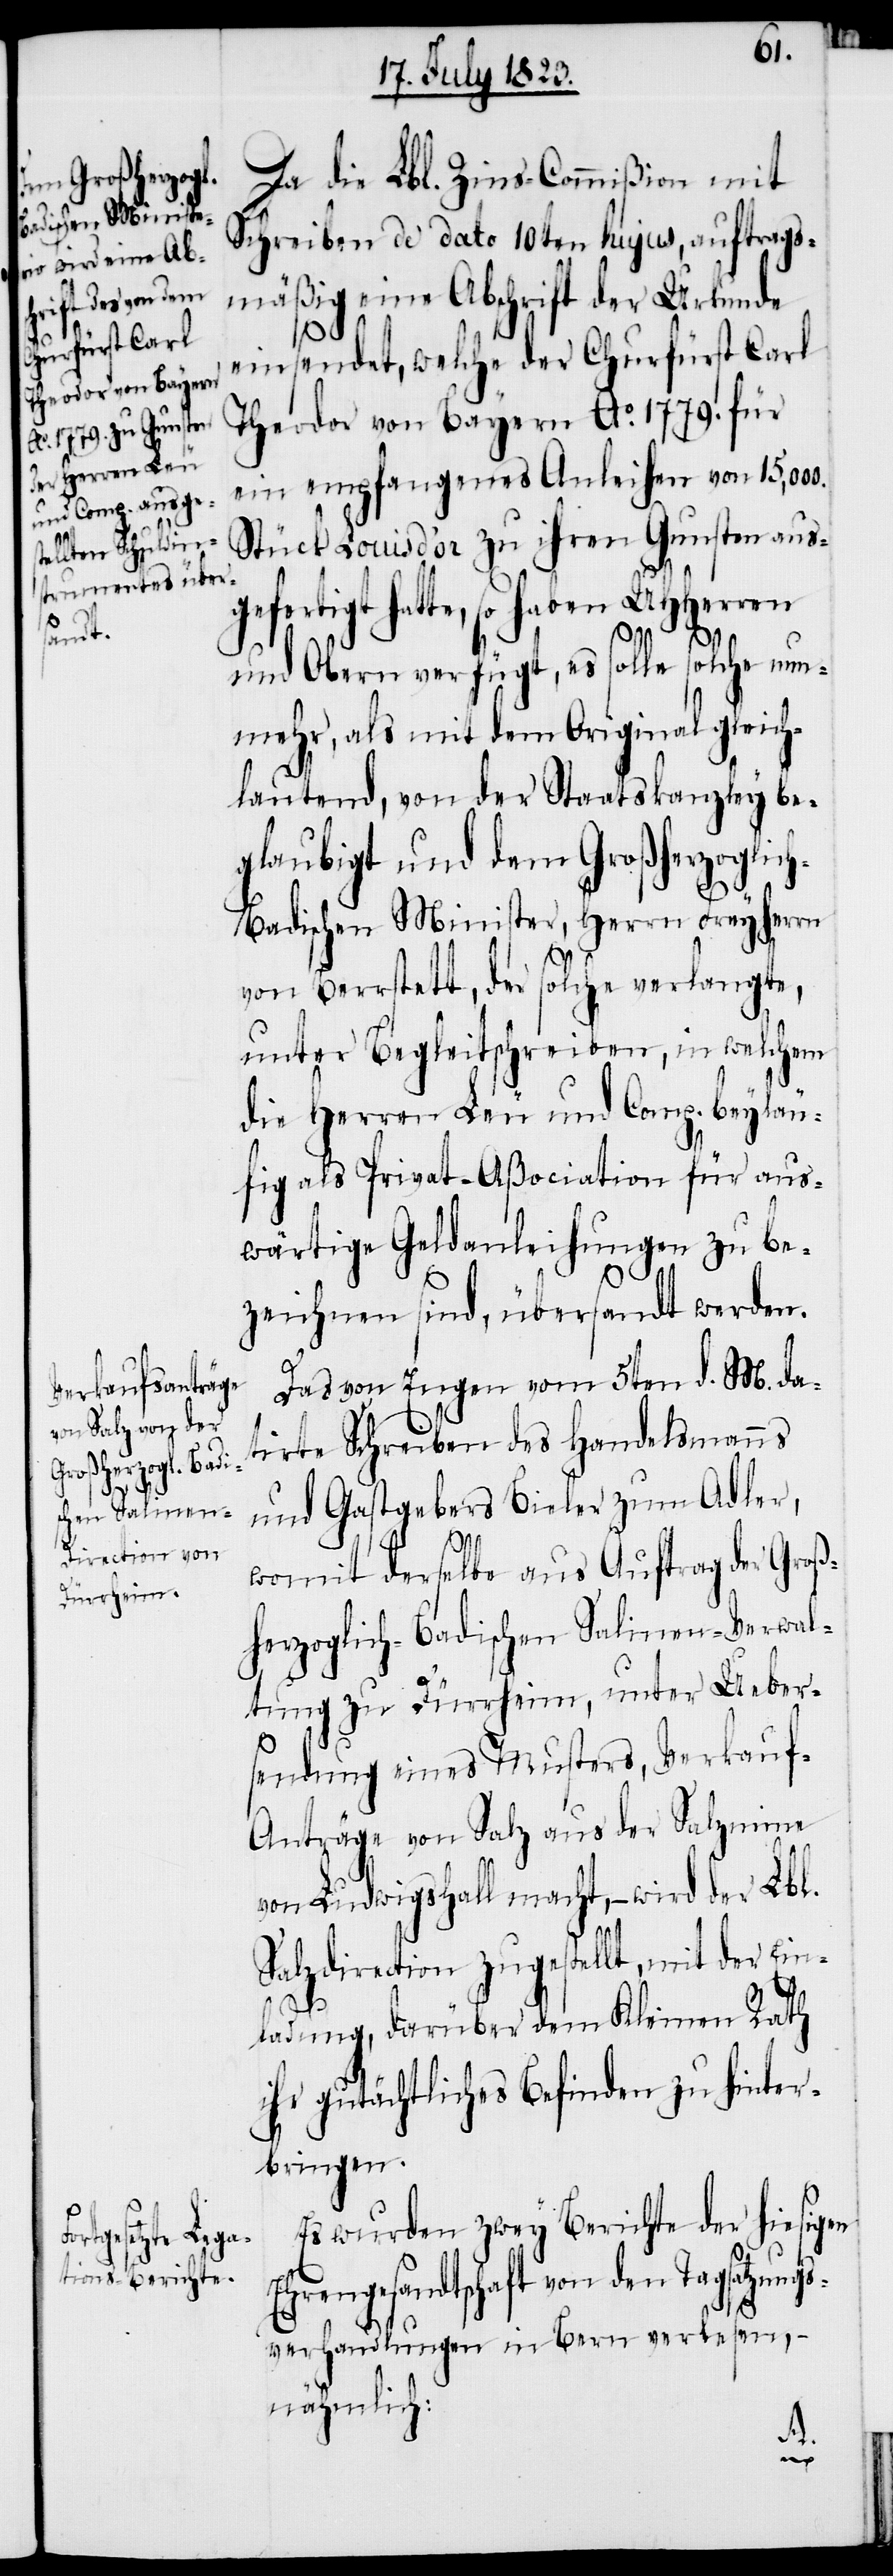
Da die Lbl. Zins-Commißion mit
Schreiben de dato 10ten hujus, auftrags¬
mäßig eine Abschrift der Urkunde
einsendet, welche der Churfürst Carl
Theodor von Bayern Ao. 1779. für
ein empfangenes Anleihen von 15,000.
Stück Louis d’or zu ihren Gunsten aus¬
gefertigt hatte, so haben UHHerren
und Obern verfügt, es solle solche nun¬
mehr, als mit dem Original gleich¬
lautend, von der Staatskanzley be¬
glaubigt und dem Großherzoglic¬
h-Badischen Minister, Herrn Freyherrn
von Berrstett, der solche verlangte,
unter Begleitschreiben, in welchem
die Herren Leu und Comp. beyläu¬
fig als Privat-Aßociation für aus¬
wärtige Geldanleihungen zu be¬
zeichnen sind, übersandt werden.
Das von Engen vom 5ten d. M. da¬
tirte Schreiben des Handelsmanns
und Gastgebers Bieler zum Adler,
womit derselbe aus Auftrag der Groß¬
herzoglich-Badischen Salinen-Verwal¬
tung zu Dürrheim, unter Ueber¬
sendung eines Musters, Verkau¬
f-Anträge von Salz aus der Salzmine
von Ludwigshall macht, − wird der Lbl.
Salzdirection zugestellt, mit der Ein¬
ladung, darüber dem Kleinen Rath
ihr gutächtliches Befinden zu hinter¬
bringen.
Es wurden zwey Berichte der hiesigen
Ehrengesandtschaft von den Tagsatzungs¬
verhandlungen in Bern verlesen,
nähmlich: